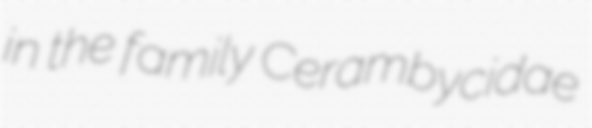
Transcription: in the family Cerambycidae